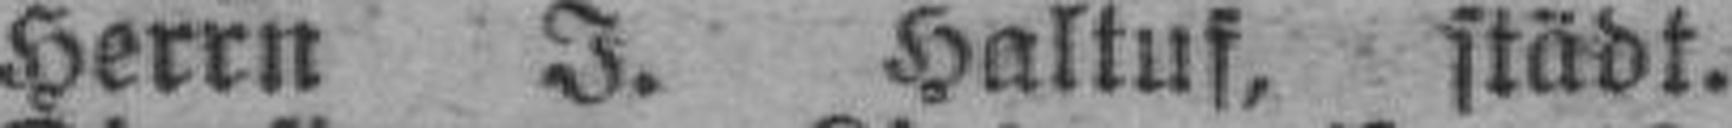
Herrn J. Haltuf, städt.